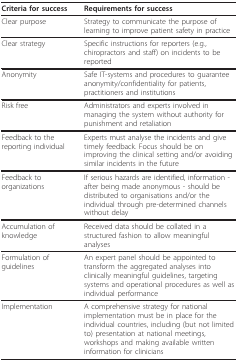
| Criteria for success | Requirements for success |
 | --- | --- |
 | Clear purpose | Strategy to communicate the purpose of learning to improve patient safety in practice |
 | Clear strategy | Specific instructions for reporters (e.g., chiropractors and staff) on incidents to be reported |
 | Anonymity | Safe IT-systems and procedures to guarantee anonymity/confidentiality for patients, practitioners and institutions |
 | Risk free | Administrators and experts involved in managing the system without authority for punishment and retaliation |
 | Feedback to the reporting individual | Experts must analyse the incidents and give timely feedback. Focus should be on improving the clinical setting and/or avoiding similar incidents in the future |
 | Feedback to organizations | If serious hazards are identified, information - after being made anonymous - should be distributed to organisations and/or the individual through pre-determined channels without delay |
 | Accumulation of knowledge | Received data should be collated in a structured fashion to allow meaningful analyses |
 | Formulation of guidelines | An expert panel should be appointed to transform the aggregated analyses into clinically meaningful guidelines, targeting systems and operational procedures as well as individual performance |
 | Implementation | A comprehensive strategy for national implementation must be in place for the individual countries, including (but not limited to) presentation at national meetings, workshops and making available written information for clinicians |